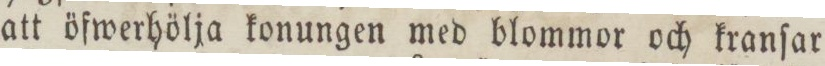
att öfwerhölja konungen med blommor och kranſar